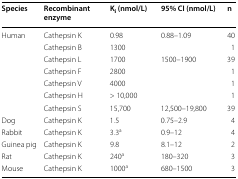
<table><thead><tr><td><b>Species</b></td><td><b>Recombinant enzyme</b></td><td><b>K<sub>i</sub> (nmol/L)</b></td><td><b>95% CI (nmol/L)</b></td><td><b>n</b></td></tr></thead><tbody><tr><td rowspan="7">Human</td><td>Cathepsin K</td><td>0.98</td><td>0.88–1.09</td><td>40</td></tr><tr><td>Cathepsin B</td><td>1300</td><td></td><td>1</td></tr><tr><td>Cathepsin L</td><td>1700</td><td>1500–1900</td><td>39</td></tr><tr><td>Cathepsin F</td><td>2800</td><td></td><td>1</td></tr><tr><td>Cathepsin V</td><td>4000</td><td></td><td>1</td></tr><tr><td>Cathepsin H</td><td>&gt; 10,000</td><td></td><td>1</td></tr><tr><td>Cathepsin S</td><td>15,700</td><td>12,500–19,800</td><td>39</td></tr><tr><td>Dog</td><td>Cathepsin K</td><td>1.5</td><td>0.75–2.9</td><td>4</td></tr><tr><td>Rabbit</td><td>Cathepsin K</td><td>3.3<sup>a</sup></td><td>0.9–12</td><td>4</td></tr><tr><td>Guinea pig</td><td>Cathepsin K</td><td>9.8</td><td>8.1–12</td><td>2</td></tr><tr><td>Rat</td><td>Cathepsin K</td><td>240<sup>a</sup></td><td>180–320</td><td>3</td></tr><tr><td>Mouse</td><td>Cathepsin K</td><td>1000<sup>a</sup></td><td>680–1500</td><td>3</td></tr></tbody></table>